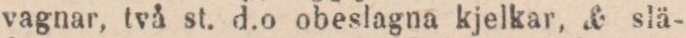
vagnar, två st. d.o obeslagna kjelkar, & slä-